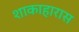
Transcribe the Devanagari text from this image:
शाकाहारास